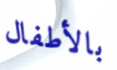
بالأطفال